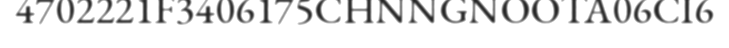
4702221F3406175CHNNGNOOTA06CI6